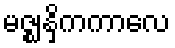
မဇ္ဈနှိကကာလေ